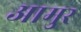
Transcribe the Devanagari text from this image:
आमुर